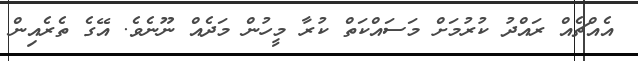
އެއްޗެއް ރައްދު ކުރުމަށް މަސައްކަތް ކުރާ މީހުން މަދެއް ނޫނެވެ. އޭގެ ތެރެއިން